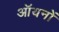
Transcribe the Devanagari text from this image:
ऑयनों